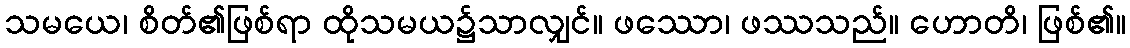
သမယေ၊ စိတ်၏ဖြစ်ရာ ထိုသမယ၌သာလျှင်။ ဖဿော၊ ဖဿသည်။ ဟောတိ၊ ဖြစ်၏။